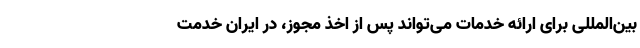
بین‌المللی برای ارائه خدمات می‌تواند پس از اخذ مجوز، در ایران خدمت